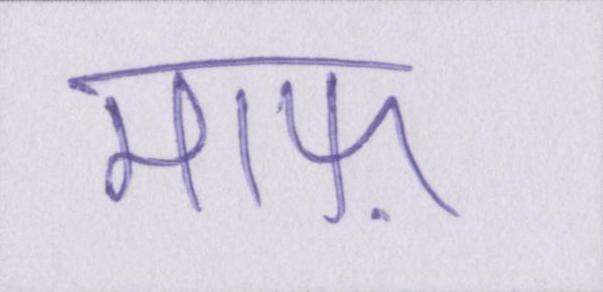
माफ़